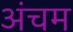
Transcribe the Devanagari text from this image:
अंचम